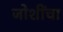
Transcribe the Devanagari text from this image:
जोशींचा